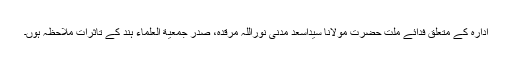
ادارہ کے متعلق فدائے ملت حضرت مولانا سیداسعد مدنی نوراللہ مرقدہ، صدر جمعیة العلماء ہند کے تاثرات ملاحظہ ہوں۔